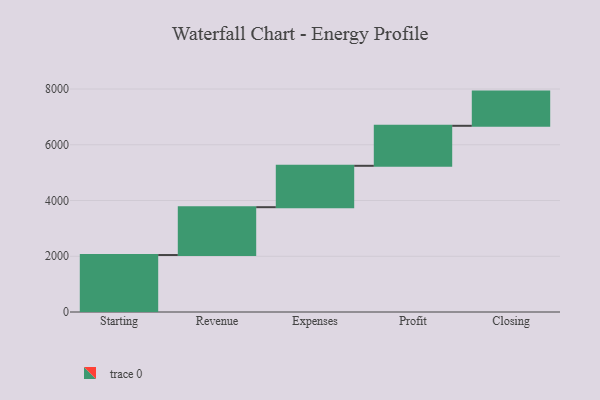
{"axis": {"x": "Step", "y": "Value"}, "legend": [""], "data": [{"x": "Starting", "y": 2044.0, "type": ""}, {"x": "Revenue", "y": 1716.0, "type": ""}, {"x": "Expenses", "y": 1485.0, "type": ""}, {"x": "Profit", "y": 1435.0, "type": ""}, {"x": "Closing", "y": 1227.0, "type": ""}]}